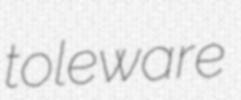
toleware